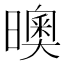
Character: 𣋉